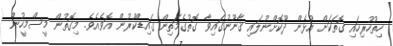
ހިތުހުރިހައި ގޮތަކަށް އުޅެން ދޫކޮށްނުލައި ޤާނޫނުގައިވާ ގޮތުގެމަތިން ގައިޑްކުރުން އޮވެއެވެ. މިގޮތުން މީސްމީހުން